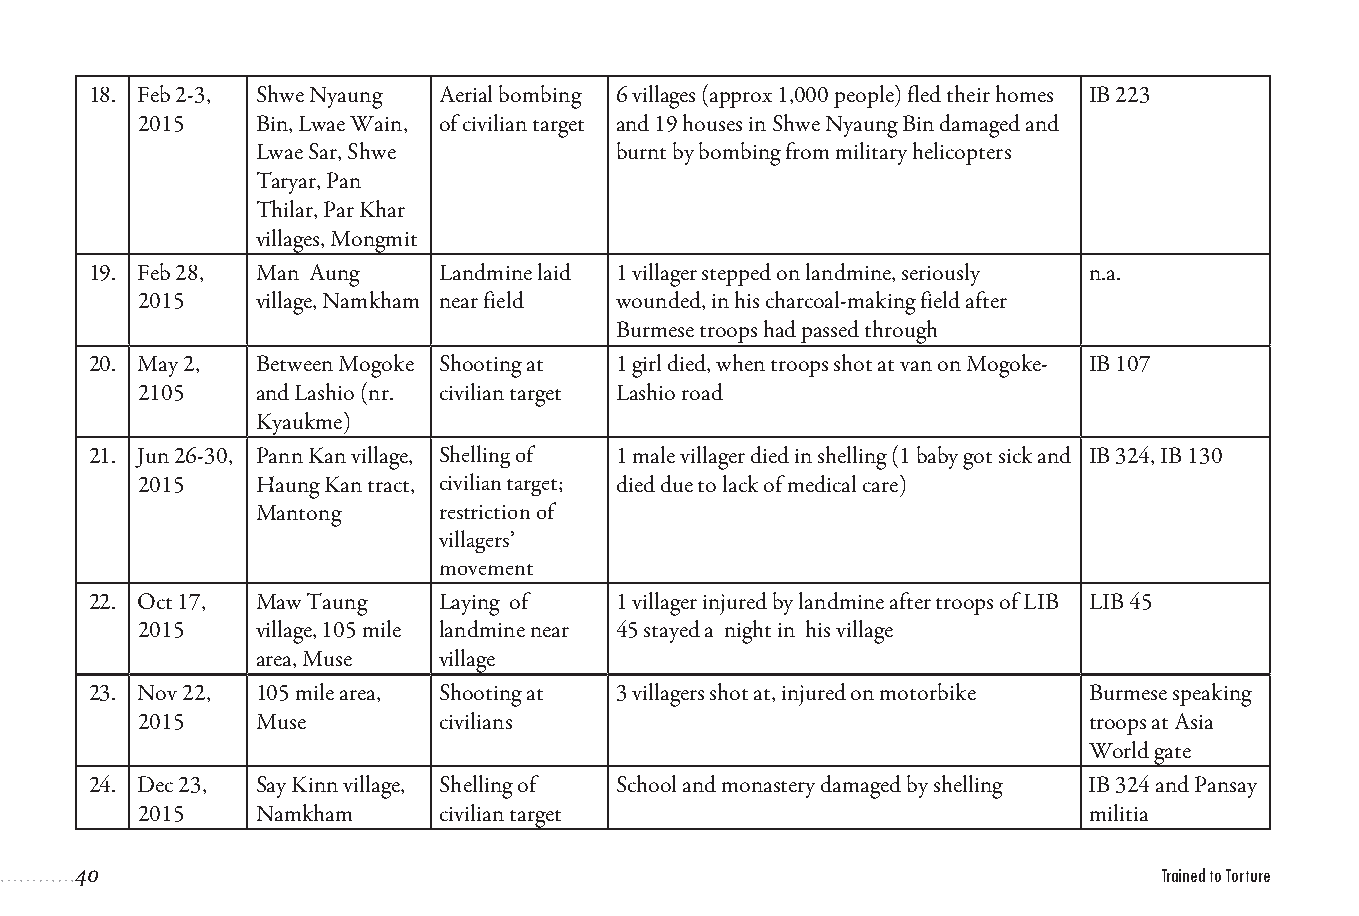
18. Feb 2-3, Shwe Nyaung Aerial bombing 6 villages (approx 1,000 people) fled their homes IB 223
 2015    Bin, Lwae Wain, of civilian target and 19 houses in Shwe Nyaung Bin damaged and
 Lwae Sar, Shwe          burnt by bombing from military helicopters
 Taryar, Pan
 Thilar, Par Khar
 villages, Mongmit
 19. Feb 28, Man Aung   Landmine laid 1 villager stepped on landmine, seriously n.a.
 2015    village, Namkham near field wounded, in his charcoal-making field after
 Burmese troops had passed through
 20. May 2, Between Mogoke Shooting at 1 girl died, when troops shot at van on Mogoke- IB 107
 2105    and Lashio (nr. civilian target Lashio road
 Kyaukme)
 21. Jun 26-30, Pann Kan village, Shelling of 1 male villager died in shelling (1 baby got sick and IB 324, IB 130
 2015    Haung Kan tract, civilian target; died due to lack of medical care)
 Mantong     restriction of
 villagers’
 movement
 22. Oct 17, Maw Taung  Laying of   1 villager injured by landmine after troops of LIB LIB 45
 2015    village, 105 mile landmine near 45 stayed a night in his village
 area, Muse  village
 23. Nov 22, 105 mile area, Shooting at 3 villagers shot at, injured on motorbike Burmese speaking
 2015    Muse        civilians                                  troops at Asia
 World gate
 24. Dec 23, Say Kinn village, Shelling of School and monastery damaged by shelling IB 324 and Pansay
 2015    Namkham     civilian target                            militia
 40                                                                      Trained to Torture